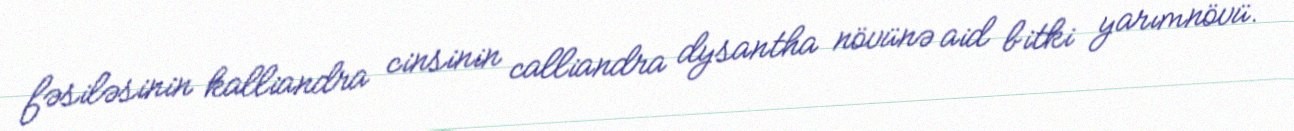
fəsiləsinin kalliandra cinsinin calliandra dysantha növünə aid bitki yarımnövü.